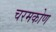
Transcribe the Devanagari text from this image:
चरमकोण